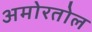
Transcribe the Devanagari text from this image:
अमोरतोल